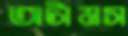
অটামস